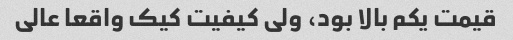
قیمت یکم بالا بود، ولی کیفیت کیک واقعا عالی